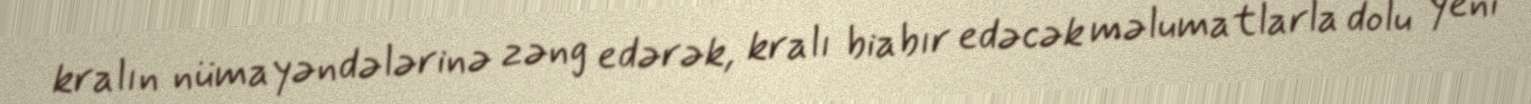
kralın nümayəndələrinə zəng edərək, kralı biabır edəcək məlumatlarla dolu yeni